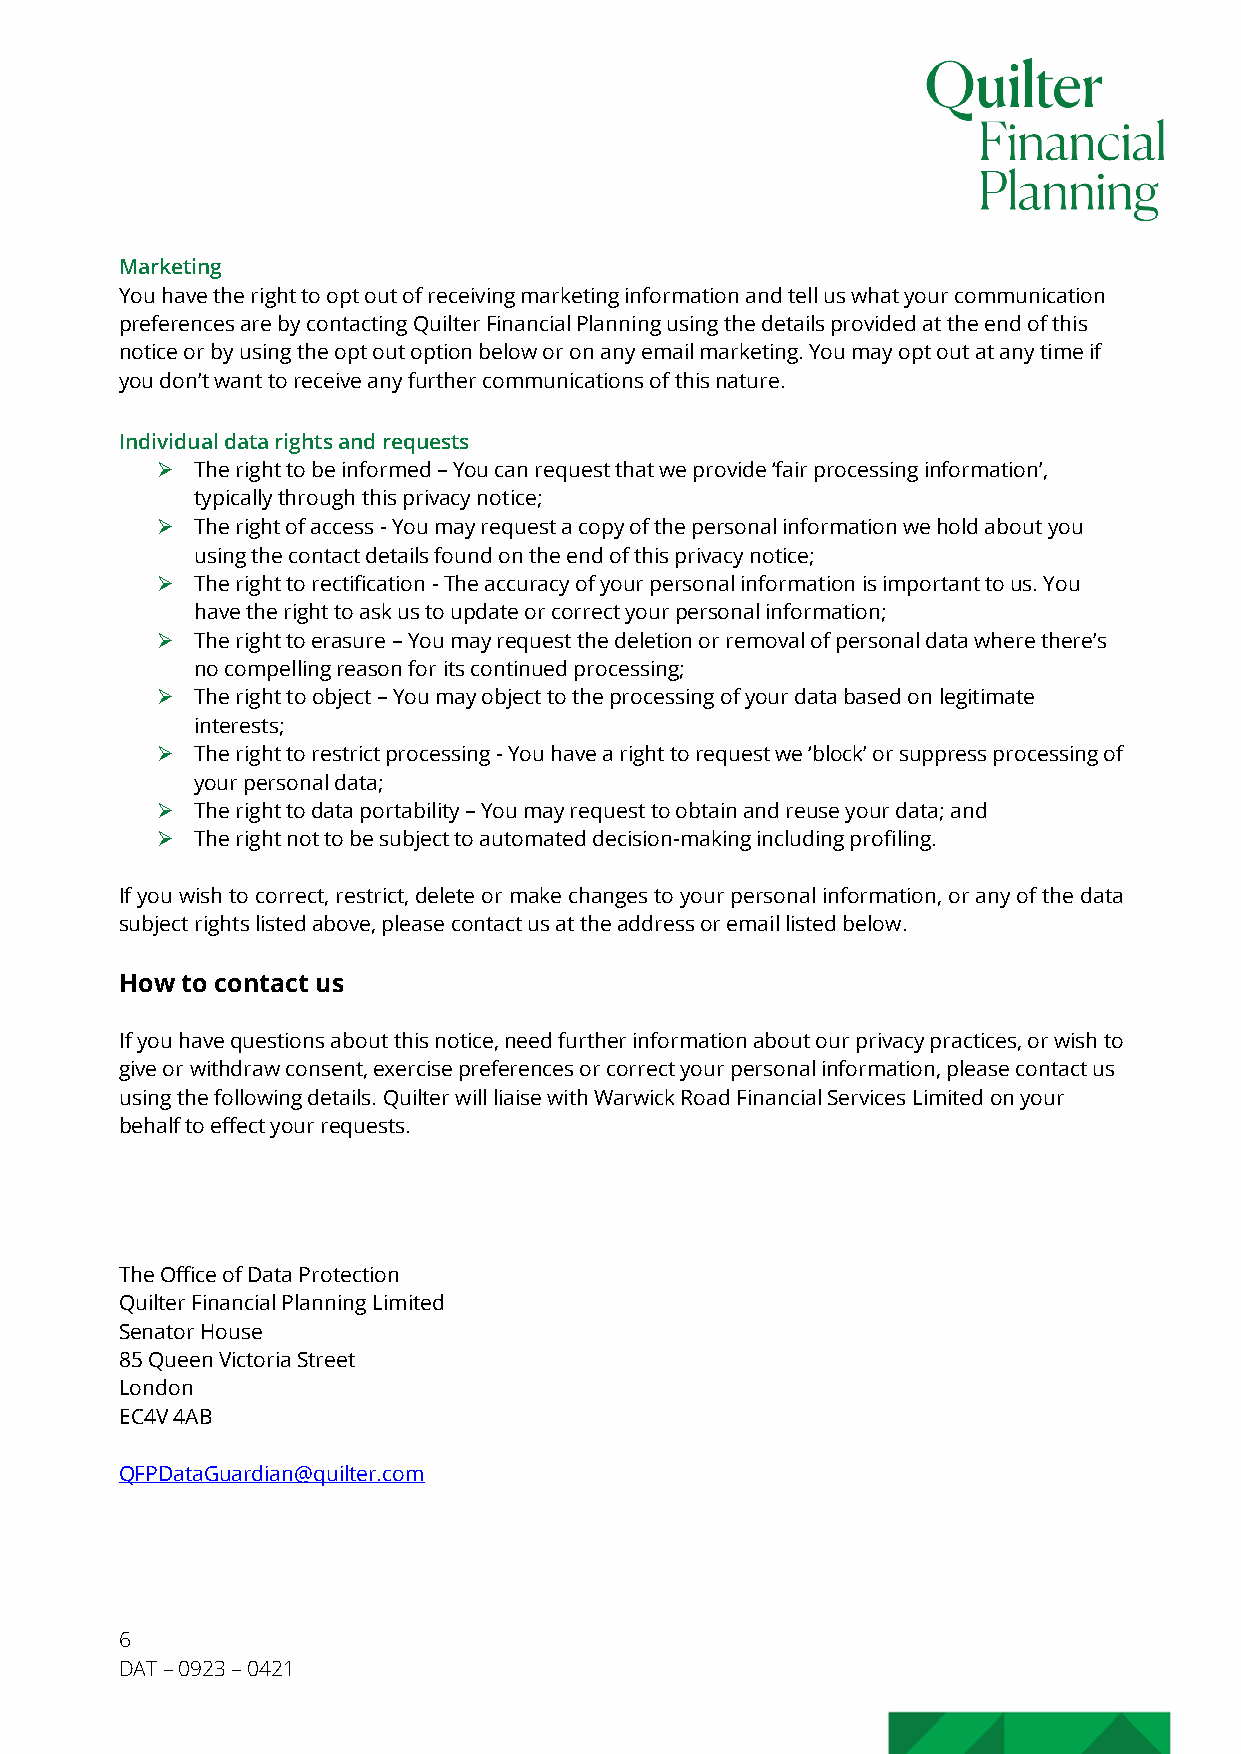
Marketing
 You have the right to opt out of receiving marketing information and tell us what your communication
 preferences are by contacting Quilter Financial Planning using the details provided at the end of this
 notice or by using the opt out option below or on any email marketing. You may opt out at any time if
 you don’t want to receive any further communications of this nature.
 Individual data rights and requests
 Ø  The right to be informed – You can request that we provide ‘fair processing information’,
 typically through this privacy notice;
 Ø  The right of access - You may request a copy of the personal information we hold about you
 using the contact details found on the end of this privacy notice;
 Ø  The right to rectification - The accuracy of your personal information is important to us. You
 have the right to ask us to update or correct your personal information;
 Ø  The right to erasure – You may request the deletion or removal of personal data where there’s
 no compelling reason for its continued processing;
 Ø  The right to object – You may object to the processing of your data based on legitimate
 interests;
 Ø  The right to restrict processing - You have a right to request we ‘block’ or suppress processing of
 your personal data;
 Ø  The right to data portability – You may request to obtain and reuse your data; and
 Ø  The right not to be subject to automated decision-making including profiling.
 If you wish to correct, restrict, delete or make changes to your personal information, or any of the data
 subject rights listed above, please contact us at the address or email listed below.
 How to contact us
 If you have questions about this notice, need further information about our privacy practices, or wish to
 give or withdraw consent, exercise preferences or correct your personal information, please contact us
 using the following details. Quilter will liaise with Warwick Road Financial Services Limited on your
 behalf to effect your requests.
 The Office of Data Protection
 Quilter Financial Planning Limited
 Senator House
 85 Queen Victoria Street
 London
 EC4V 4AB
 QFPDataGuardian@quilter.com
 6
 DAT – 0923 – 0421